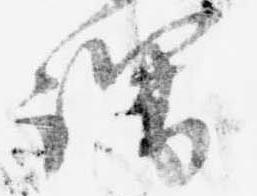
謂